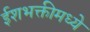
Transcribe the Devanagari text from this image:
ईशभक्तीमध्ये